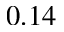
0 . 1 4